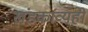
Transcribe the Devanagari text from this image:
खंडकाव्यही